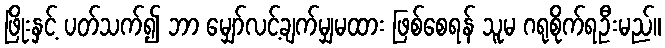
ဖြိုးနှင့် ပတ်သက်၍ ဘာ မျှော်လင့်ချက်မျှမထား ဖြစ်စေရန် သူမ ဂရုစိုက်ရဦးမည်။